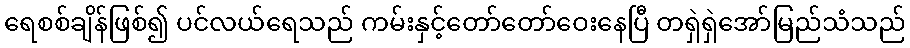
ရေစစ်ချိန်ဖြစ်၍ ပင်လယ်ရေသည် ကမ်းနှင့်တော်တော်ဝေးနေပြီ တရှဲရှဲအော်မြည်သံသည်